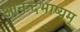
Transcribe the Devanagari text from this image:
आनन्दभाष्यम्